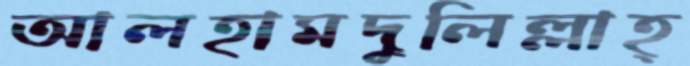
আলহামদুলিল্লাহ্